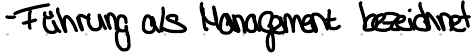
- Führung als Managment bezeichnet